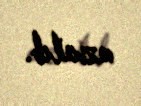
azalıb.